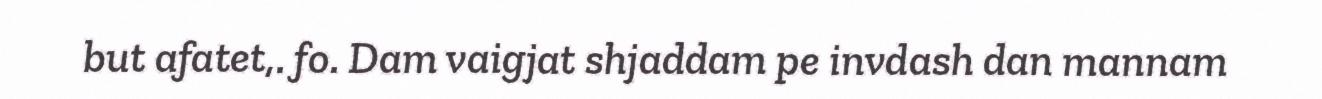
but afatet,. fo. Dam vaigjat shjaddam pe invdash dan mannam